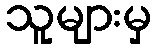
သူများမှ